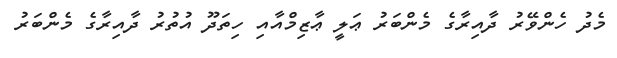
މެދު ހެންވޭރު ދާއިރާގެ މެންބަރު ޢަލީ ޢާޒިމްއާއި ހިތަދޫ އުތުރު ދާއިރާގެ މެންބަރު